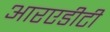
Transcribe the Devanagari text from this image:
आरएडीटी